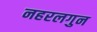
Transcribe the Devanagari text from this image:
नहरलगुन